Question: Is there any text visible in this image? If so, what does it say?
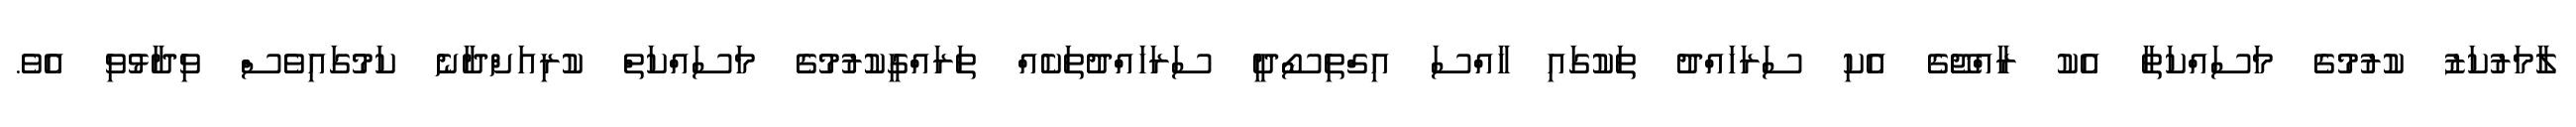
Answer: ލާމަރުކަޒު ކުރުމުގެ މަސައްކަތާ އެކު ރާއްޖޭގެ އެކި ސަރަހައްދު ތަކުގައި ހާއްސަ އިގްތިސޯދީ ސަރަހައްދުތަކެއް ތަރައްގީކުރުމުގެ މަސައްކަތް ކުރިއަށްދާނެ ކަމުގައިވެސް ވިދާޅުވި އެވެ.